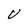
Character: V